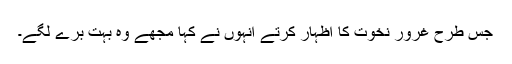
جس طرح غرور نخوت کا اظہار کرتے انہوں نے کہا مجھے وہ بہت برے لگے۔